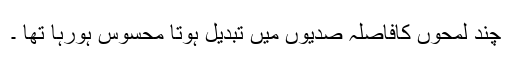
چند لمحوں کافاصلہ صدیوں میں تبدیل ہوتا محسوس ہورہا تھا ۔